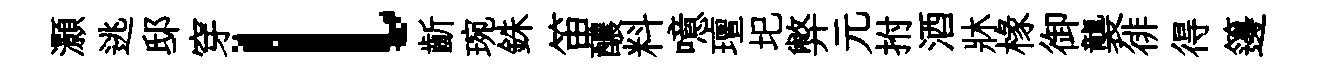
灝逃邸穿l齗琬銖笛醲料噫璮圯弊元拊酒牀椽御襲徘得籩